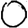
Digit: 0